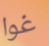
غوا